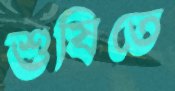
শুষিতে